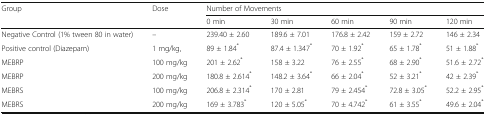
<table><thead><tr><td rowspan="2"><b>Group</b></td><td rowspan="2"><b>Dose</b></td><td colspan="5"><b>Number of Movements</b></td></tr><tr><td><b>0 min</b></td><td><b>30 min</b></td><td><b>60 min</b></td><td><b>90 min</b></td><td><b>120 min</b></td></tr></thead><tbody><tr><td>Negative Control (1% tween 80 in water)</td><td>–</td><td>239.40 ± 2.60</td><td>189.6 ± 7.01</td><td>176.8 ± 2.42</td><td>159 ± 2.72</td><td>146 ± 2.34</td></tr><tr><td>Positive control (Diazepam)</td><td>1 mg/kg,</td><td>89 ± 1.84<sup>*</sup></td><td>87.4 ± 1.347<sup>*</sup></td><td>70 ± 1.92<sup>*</sup></td><td>65 ± 1.78<sup>*</sup></td><td>51 ± 1.88<sup>*</sup></td></tr><tr><td>MEBRP</td><td>100 mg/kg</td><td>201 ± 2.62<sup>*</sup></td><td>158 ± 3.22</td><td>76 ± 2.55<sup>*</sup></td><td>68 ± 2.90<sup>*</sup></td><td>51.6 ± 2.72<sup>*</sup></td></tr><tr><td>MEBRP</td><td>200 mg/kg</td><td>180.8 ± 2.614<sup>*</sup></td><td>148.2 ± 3.64<sup>*</sup></td><td>66 ± 2.04<sup>*</sup></td><td>52 ± 3.21<sup>*</sup></td><td>42 ± 2.39<sup>*</sup></td></tr><tr><td>MEBRS</td><td>100 mg/kg</td><td>206.8 ± 2.314<sup>*</sup></td><td>170 ± 2.81</td><td>79 ± 2.454<sup>*</sup></td><td>72.8 ± 3.05<sup>*</sup></td><td>52.2 ± 2.95<sup>*</sup></td></tr><tr><td>MEBRS</td><td>200 mg/kg</td><td>169 ± 3.783<sup>*</sup></td><td>120 ± 5.05<sup>*</sup></td><td>70 ± 4.742<sup>*</sup></td><td>61 ± 3.55<sup>*</sup></td><td>49.6 ± 2.04<sup>*</sup></td></tr></tbody></table>